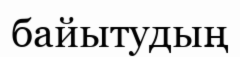
байытудың